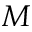
M